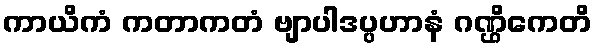
ကာယိကံ ကတာကတံ ဗျာပါဒပ္ပဟာနံ ဂဏ္ဌိကေတိ